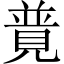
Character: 𧡟